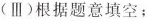
(Ⅲ)根据题意填空；